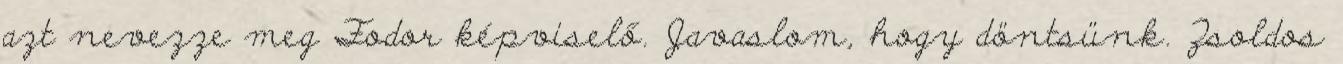
azt nevezze meg Fodor képviselő. Javaslom, hogy döntsünk. Zsoldos